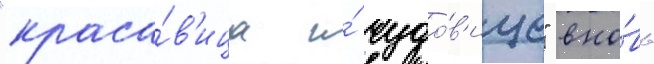
"краса́в'ица и́ чудо́в'ище" вно́вь